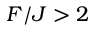
F / J > 2